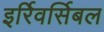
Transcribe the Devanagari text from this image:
इर्रिवर्सिबल